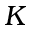
K